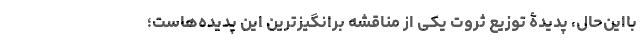
بااین‌حال، پدیدۀ توزیع ثروت یکی از مناقشه‌ برانگیزترین این پدیده‌هاست؛